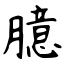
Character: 臆